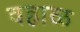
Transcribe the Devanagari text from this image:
वहाळ